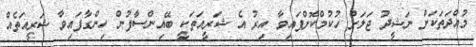
މުއްދަތަކަށް ނަޝީދު ޖަލަށް ހުކުމްކޮށްފައިވާ އިރު އެ ޝަރީއަތަކީ ބޭއިންސާފުން ހިންގާފައިވާ ޝަރީއަތެއް